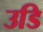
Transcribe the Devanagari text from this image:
उडि